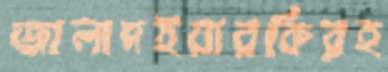
জালাদইয়ারকিরহ